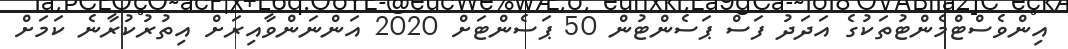
އިންވެސްޓްމެންޓުތަކުގެ އަދަދު ފަސް ޕަސެންޓުން 50 ޕަސެންޓަށް 2020 އަންނަންވާއިރަށް އިތުރުކުރާނެ ކަމަށް